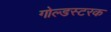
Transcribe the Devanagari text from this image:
गोल्डस्टरक